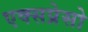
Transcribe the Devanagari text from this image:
एक्सप्रेसो